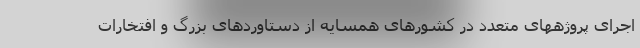
اجرای پروژههای متعدد در کشورهای همسایه از دستاوردهای بزرگ و افتخارات